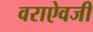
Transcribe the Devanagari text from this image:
वराऐवजी